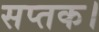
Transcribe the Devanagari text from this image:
सप्तक।